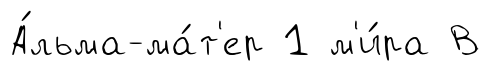
А́льма-ма́т'ер 1 м'и́ра В